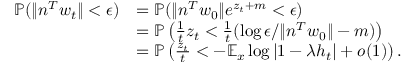
\begin{array} { r l } { \mathbb { P } ( \| n ^ { T } w _ { t } \| < \epsilon ) } & { = \mathbb { P } ( \| n ^ { T } w _ { 0 } \| e ^ { z _ { t } + m } < \epsilon ) } \\ & { = \mathbb { P } \left( \frac { 1 } { { t } } z _ { t } < \frac { 1 } { { t } } ( \log \epsilon / \| n ^ { T } w _ { 0 } \| - m ) \right) } \\ & { = \mathbb { P } \left( \frac { z _ { t } } { t } < - \mathbb { E } _ { x } \log | 1 - \lambda h _ { t } | + o ( 1 ) \right) . } \end{array}